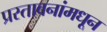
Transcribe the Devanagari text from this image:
प्रस्तावनांमधून